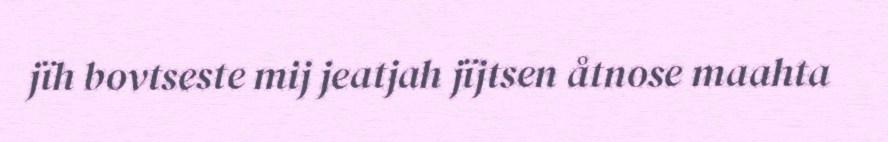
jïh bovtseste mij jeatjah jïjtsen åtnose maahta